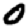
Digit: 0